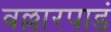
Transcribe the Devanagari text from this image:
वल्लारपाडं